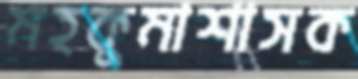
মহকুমাশাসক